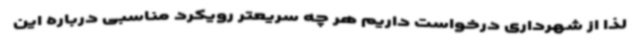
لذا از شهرداری درخواست داریم هر چه سریعتر رویکرد مناسبی درباره این